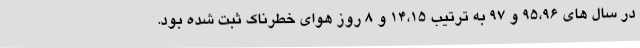
در سال های 95،96 و 97 به ترتیب 14،15 و 8 روز هوای خطرناک ثبت شده بود.